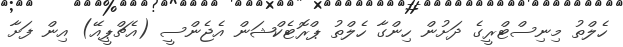
ހެލްތު މިނިސްޓްރީގެ ދަށުން ހިންގާ ހެލްތު ޕްރޮޓެކްޝަން އެޖެންސީ (އެޗްޕީއޭ) އިން ފަށާ